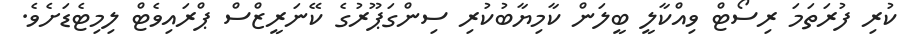
ކުރި ފުރަތަމަ ރިސޯޓް ވިއްކާލީ ބީލަން ކާމިޔާބުކުރި ސިންގަޕޫރުގެ ކޭނަރީޒްސް ޕްރައިވެޓް ލިމިޓެޑަށެވެ.